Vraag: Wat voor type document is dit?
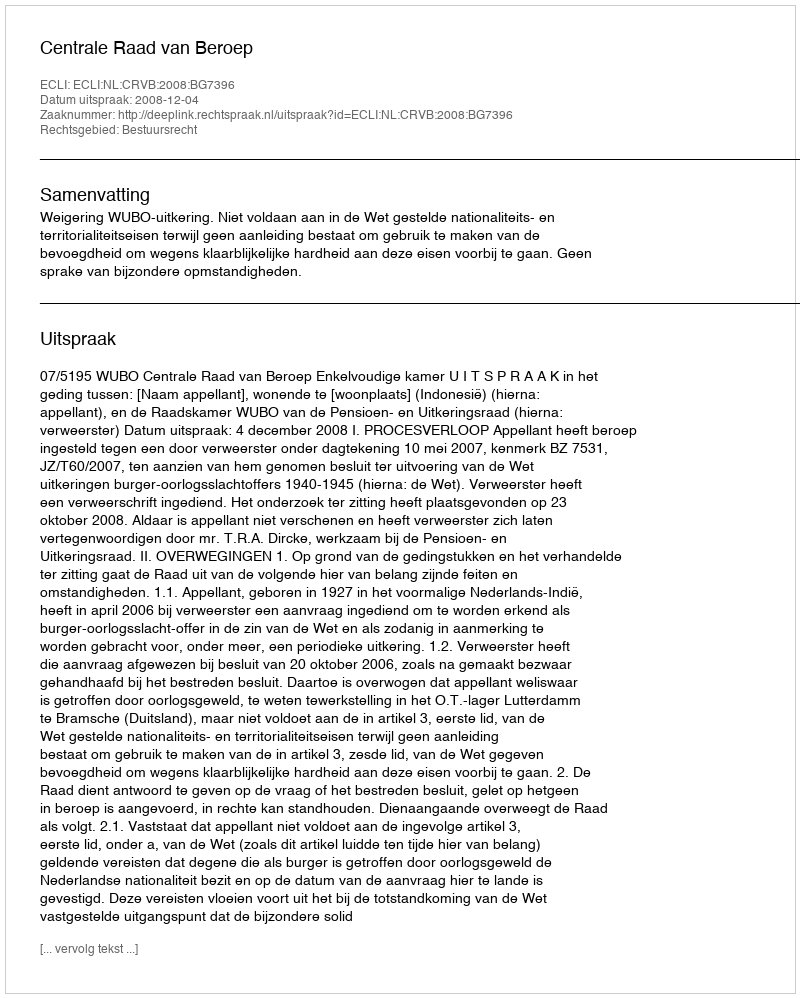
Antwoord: Uitspraak